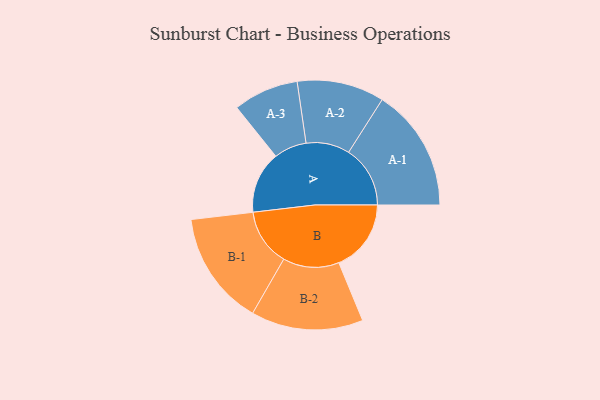
{"axis": {"x": "Segment", "y": "Value"}, "legend": ["", "A", "B"], "data": [{"x": "A", "y": 294, "type": ""}, {"x": "B", "y": 343, "type": ""}, {"x": "A-1", "y": 292, "type": "A"}, {"x": "A-2", "y": 207, "type": "A"}, {"x": "A-3", "y": 155, "type": "A"}, {"x": "B-1", "y": 271, "type": "B"}, {"x": "B-2", "y": 266, "type": "B"}]}